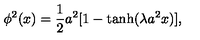
\phi ^ { 2 } ( x ) = \frac { 1 } { 2 } a ^ { 2 } [ 1 - \tanh ( \lambda a ^ { 2 } x ) ] ,